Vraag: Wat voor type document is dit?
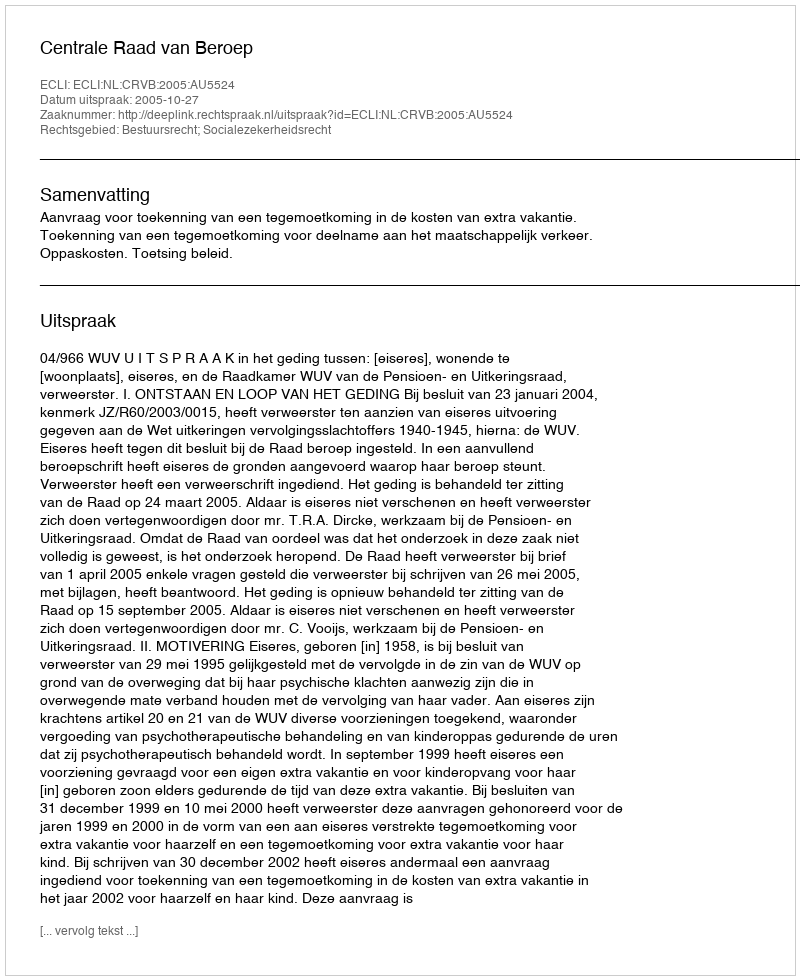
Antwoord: Uitspraak